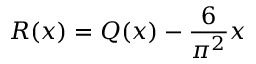
R ( x ) = Q ( x ) - { \frac { 6 } { \pi ^ { 2 } } } x